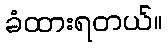
ခံထားရတယ်။